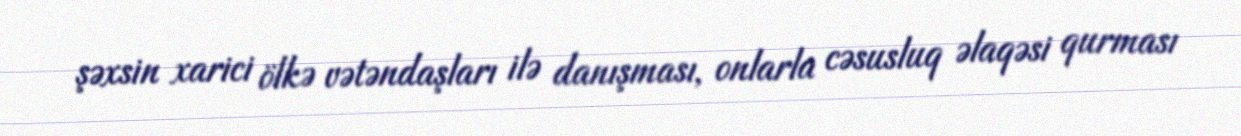
şəxsin xarici ölkə vətəndaşları ilə danışması, onlarla cəsusluq əlaqəsi qurması